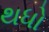
થધો